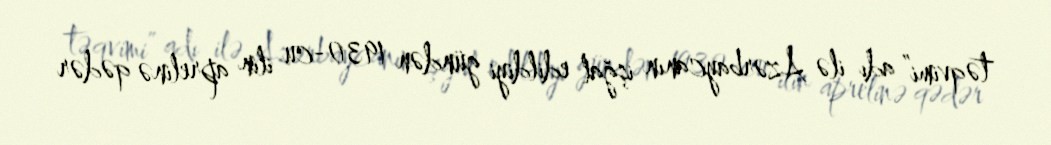
təqvimi” adı ilə Azərbaycanın işğal edildiyi gündən 1930-cu ilin aprelinə qədər